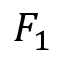
F _ { 1 }